Civil Veterinary Department Bengal reports 1933-51 - 1933-1951
Year: 1933
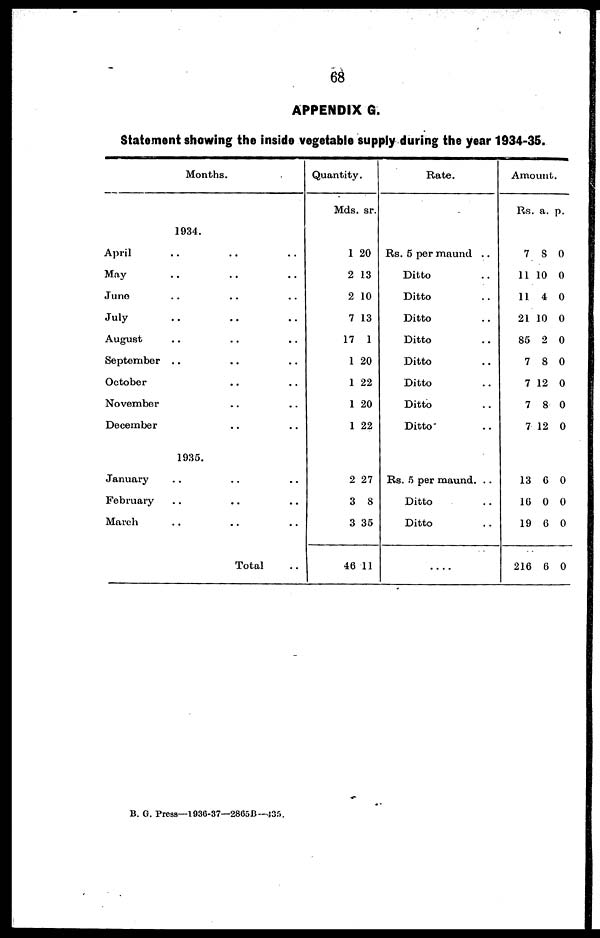
68
APPENDIX G.
Statement showing the inside vegetable supply during the year 1934-35.
Months.
1934.
April.. .. ..
May.. .. ..
June.. .. ..
July
.. .. ..
August.. .. ..
September.. .. ..
October.. .. ..
November.. .. ..
December.. .. ..
1935.
January.. .. ..
February.. .. ..
March.. .. ..
Total ..
Quantity.
Mds.
1
2
2
7
17
1
1
1
1
2
3
3
46
sr.
20
13
10
13
1
20
22
20
22
27
8
35
11
Rate.
Rs. 5 per maund ..
Ditto ..
Ditto ..
Ditto ..
Ditto ..
Ditto ..
Ditto ..
Ditto ..
Ditto ..
Rs. 5 per maund. ..
Ditto ..
Ditto ..
....
Amount.
Rs.
7
11
11
21
85
7
7
7
7
13
16
19
216
a.
8
10
4
10
2
8
12
8
12
6
0
6
6
p.
0
0
0
0
0
0
0
0
0
0
0
0
0
B. G. Press—1936-37—2865B--435